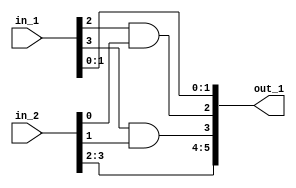
module bus_breakout (
    input [3:0] in_1,
    input [3:0] in_2,
    output [5:0] out_1
);
// concatenate
assign out_1 = {in_2[3:2], (in_1[3] & in_2[1]), (in_1[2] & in_2[0]), in_1[1:0]};

endmodule